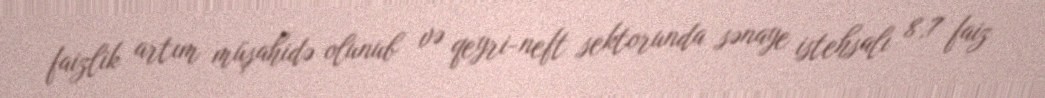
faizlik artım müşahidə olunub və qeyri-neft sektorunda sənaye istehsalı 8,7 faiz